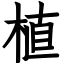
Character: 植